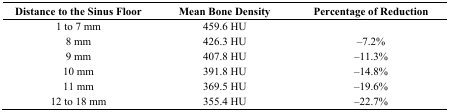
<table><thead><tr><td><b>Distance to the Sinus Floor</b></td><td><b>Mean Bone Density</b></td><td><b>Percentage of Reduction</b></td></tr></thead><tbody><tr><td>1 to 7 mm</td><td>459.6 HU</td><td></td></tr><tr><td>8 mm</td><td>426.3 HU</td><td>–7.2%</td></tr><tr><td>9 mm</td><td>407.8 HU</td><td>–11.3%</td></tr><tr><td>10 mm</td><td>391.8 HU</td><td>–14.8%</td></tr><tr><td>11 mm</td><td>369.5 HU</td><td>–19.6%</td></tr><tr><td>12 to 18 mm</td><td>355.4 HU</td><td>–22.7%</td></tr></tbody></table>